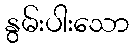
နွမ်းပါးသော